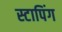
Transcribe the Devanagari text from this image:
स्टापिंग